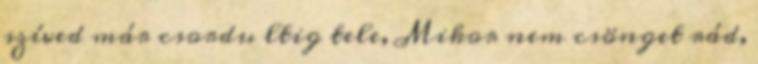
szíved már csordu ltig tele, Mikor nem csönget rád,